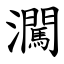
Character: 㶒